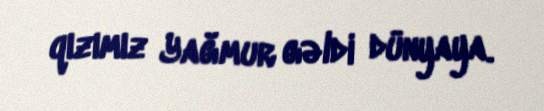
qızımız Yağmur gəldi dünyaya.